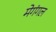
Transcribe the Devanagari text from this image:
मेगंगल